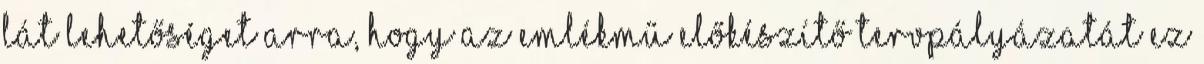
lát lehetőséget arra, hogy az emlékmű előkészítő tervpályázatát ez